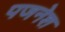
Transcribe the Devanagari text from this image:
पजनेश